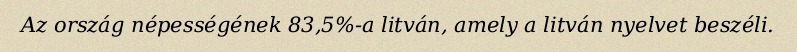
Az ország népességének 83,5%-a litván, amely a litván nyelvet beszéli.